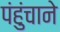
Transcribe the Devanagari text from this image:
पंहुंचाने